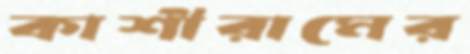
কাশীরামের